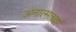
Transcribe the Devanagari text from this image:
अनात्मतया